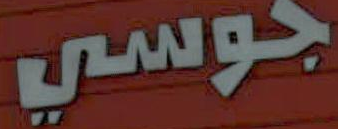
جوسي